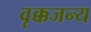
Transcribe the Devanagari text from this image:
वृक्कजन्य